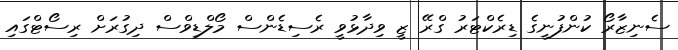
ސެނިޒާރޯ ކުންފުނީގެ ޑިރެކްޓަރު ގްރޭ ޒީ ވިދާޅުވީ ރެސިޑެންސް މޯލްޑިވްސް ދިގުރަށް ރިސޯޓްގައި